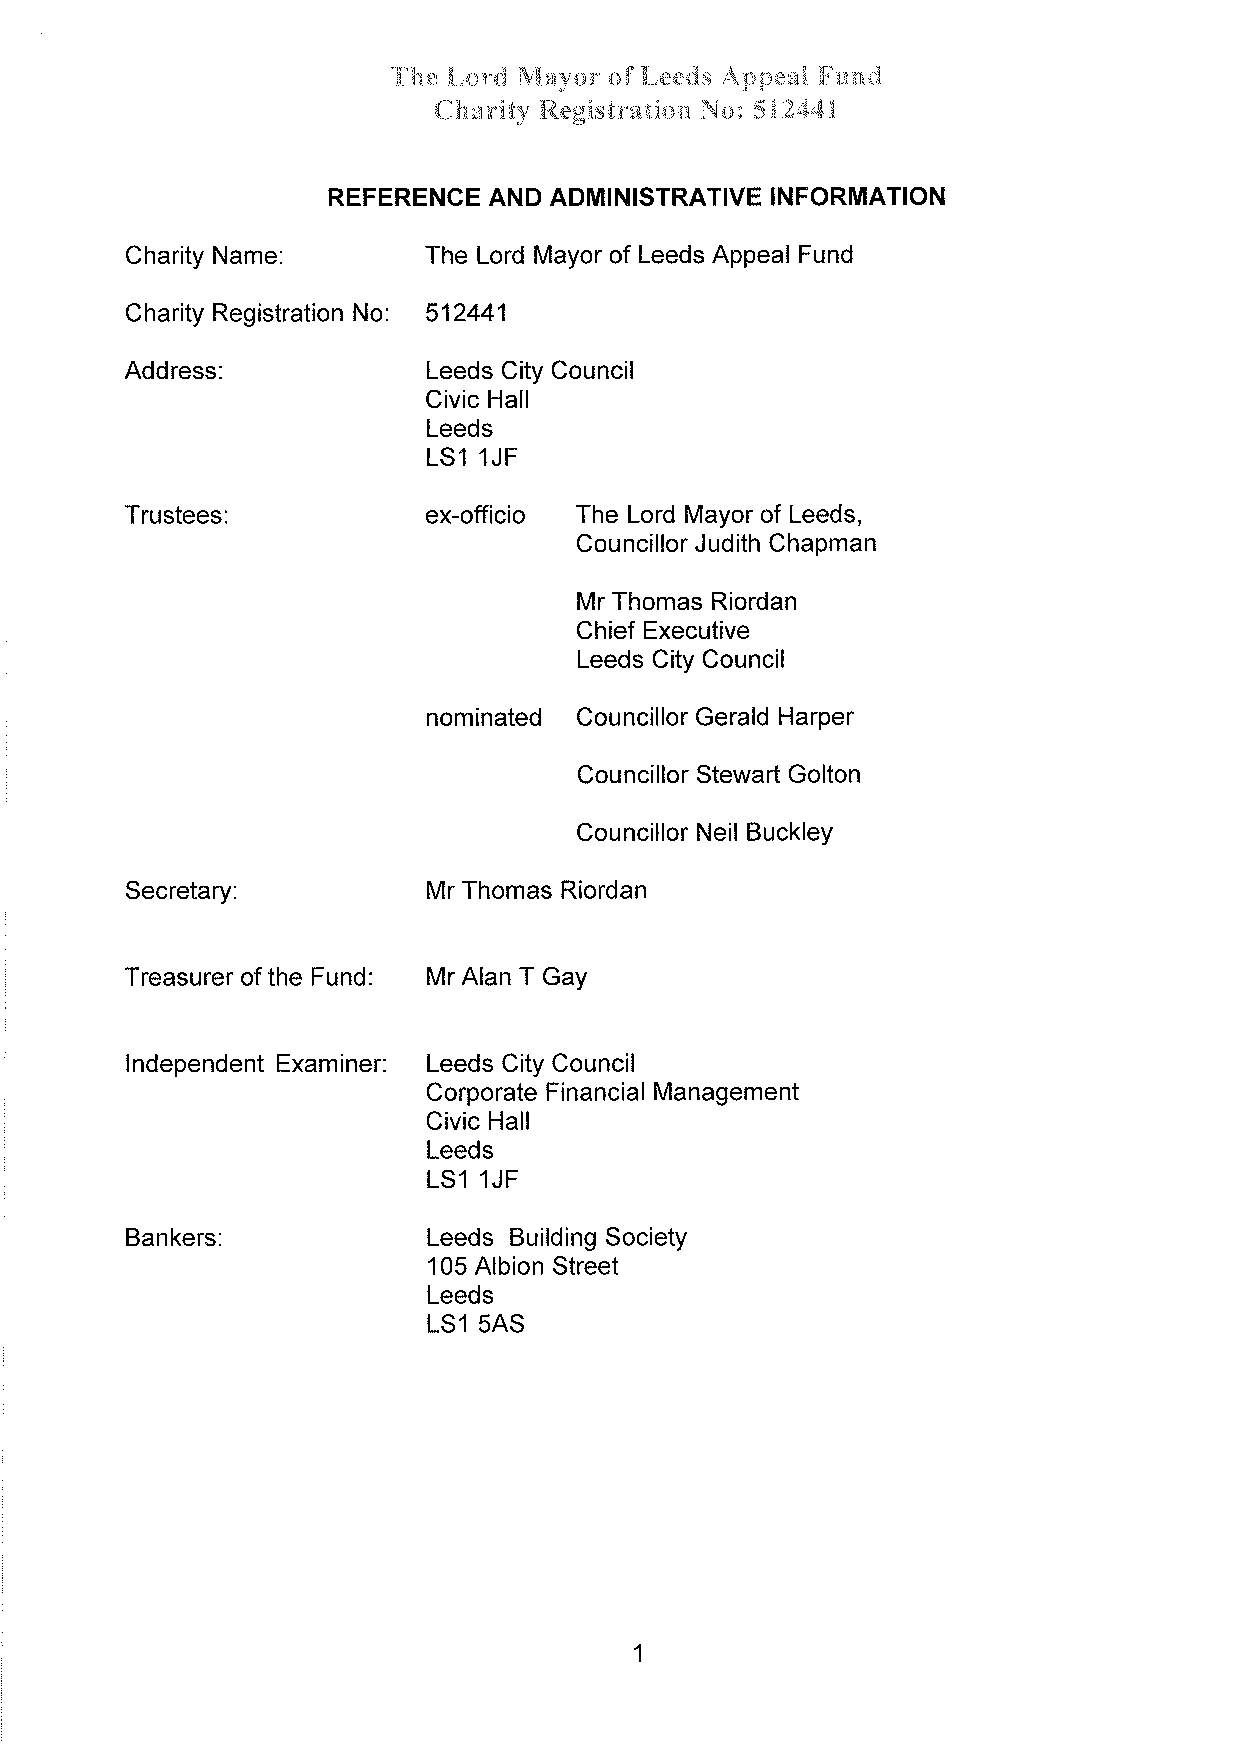
The Lord Mayor of Leeds Appeal Fund
 Charify Registration No: 512441
 REFERENCE AND ADMINISTRATIVE INFORMATION
 Charity Name:       The Lord Mayor of Leeds Appeal Fund
 Charity Registration No: 512441
 Address:            Leeds City Council
 Civic Hall
 Leeds
 LS1 1JF
 Trustees            ex-officio The Lord Mayor of Leeds,
 Councillor Judith Chapman
 Mr Thomas Riordan
 Chief Executive
 Leeds City Council
 nominated CouncillorGeraldHarper
 Councillor Stewart Golton
 Councillor Neil Buckley
 Secretary:          Mr Thomas Riordan
 Fund:
 Treasurer of the    Mr Alan T Gay
 Independent Examiner: Leeds City Council
 Corporate Financial Management
 Civic Hall
 Leeds
 LS1 1JF
 Bankers             Leeds Building Society
 105 Albion Street
 Leeds
 LS1 5AS
 1